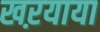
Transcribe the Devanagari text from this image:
खऱयाया